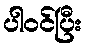
ပါဝင်ပြီး